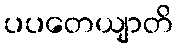
ပပတေယျာတိ